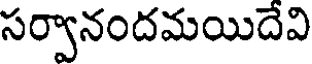
సర్వానందమయిదేవి